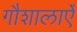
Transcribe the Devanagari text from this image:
गौशालाऐं